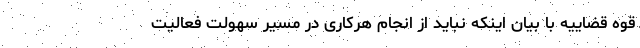
قوه قضاییه با بیان اینکه نباید از انجام هرکاری در مسیر سهولت فعالیت